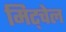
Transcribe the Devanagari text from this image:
मिट्चेल